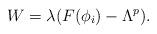
LaTeX: \begin{align*}W=\lambda(F(\phi_i)-\Lambda^p).\end{align*}